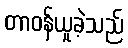
တာဝန်ယူခဲ့သည်